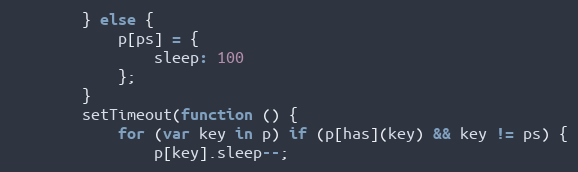
Language: JavaScript
        } else {
            p[ps] = {
                sleep: 100
            };
        }
        setTimeout(function () {
            for (var key in p) if (p[has](key) && key != ps) {
                p[key].sleep--;